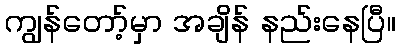
ကျွန်တော့်မှာ အချိန် နည်းနေပြီ။